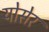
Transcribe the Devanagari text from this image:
योसेर